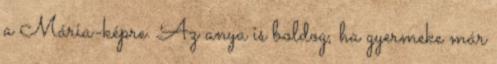
a Mária-képre. Az anya is boldog, ha gyermeke már